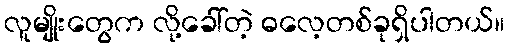
လူမျိုးတွေက လို့ခေါ်တဲ့ ဓလေ့တစ်ခုရှိပါတယ်။